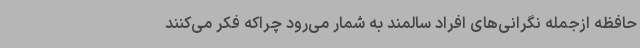
حافظه ازجمله نگرانی‌های افراد سالمند به شمار می‌رود چراکه فکر می‌کنند